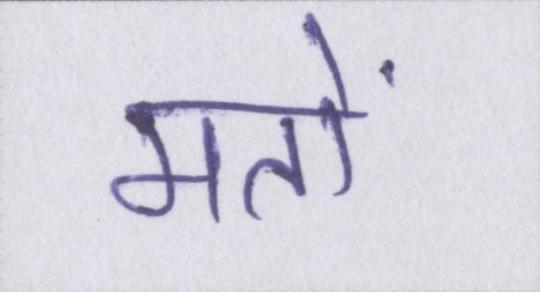
मतों